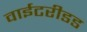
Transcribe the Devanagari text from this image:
वाईटरीडड